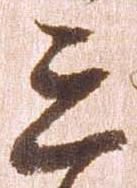
三